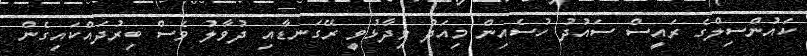
ކައުންސިލްގެ ރައީސް ސައުދު ހުސެއިން މިއަދު ވިދާޅުވީ ރޭގަނޑާއި ދުވާލު ވެސް ބިރުދައްކައިގެން